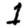
Digit: 1